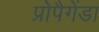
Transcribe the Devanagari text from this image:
प्रोपैगेंडा